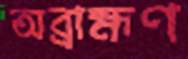
অব্রাহ্মণ